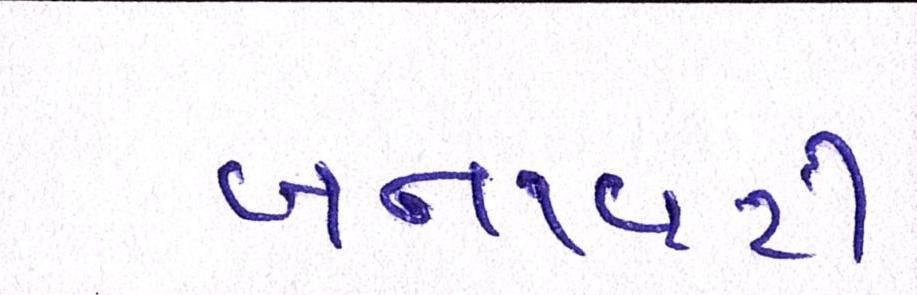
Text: બનાવટી